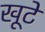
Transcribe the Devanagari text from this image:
खूटें